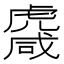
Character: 𧇱